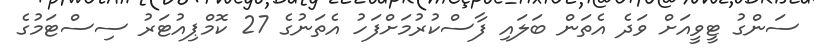
ސަންގު ޓީވީއަށް ވަދެ އެތަން ބަލައި ފާސްކުރުމަށްފަހު އެތަނުގެ 27 ކޮމްޕިއުޓަރު ސިސްޓަމުގެ